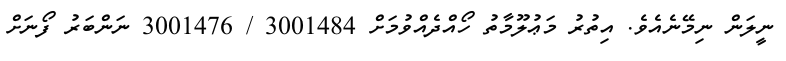
ނީލަން ނިމޭނެއެވެ. އިތުރު މަޢުލޫމާތު ހޯއްދެއްވުމަށް 3001484 / 3001476 ނަންބަރު ފޯނަށް